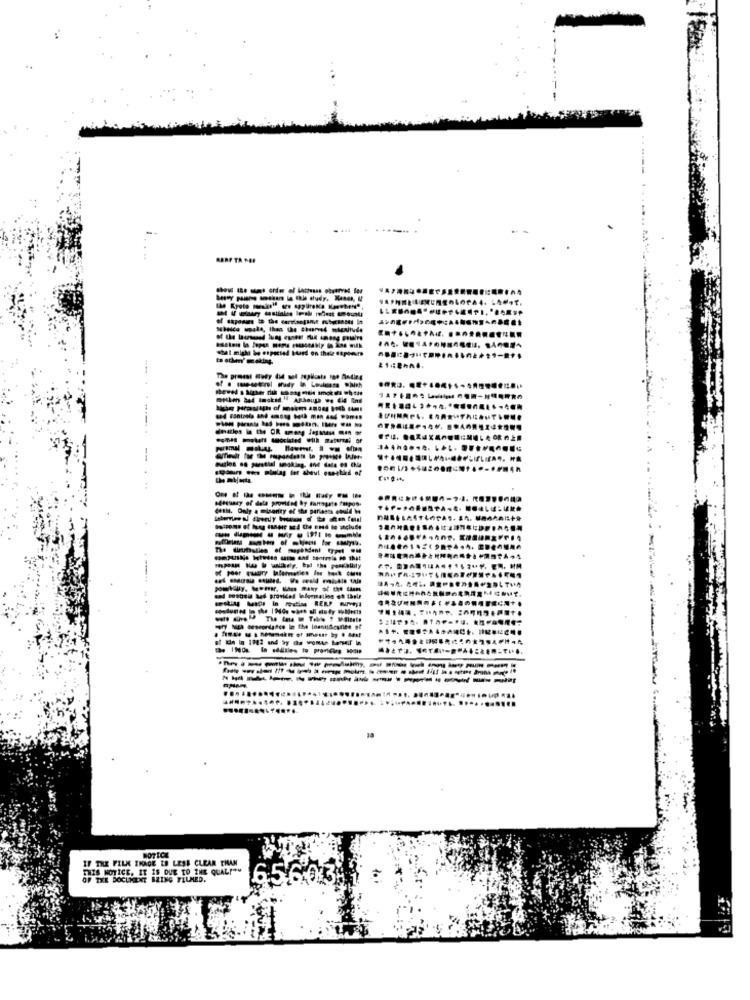
.. .
.........
deities in the OR among Jagmane Gen of
-------
44h.014
sansuary of dele promdad by manageto fuspos.
- - -------
--------
-----------
------------------
---------------
--------
NOTICE
IF THE FILM IMAGE IS LESS CLEAR THAN
THIS NOTICE. IT IS DUE TO ZNE QUAL!"
OF THE DOCUMENT BEING FILMED.